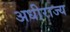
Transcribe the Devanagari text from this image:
अधीराज्य